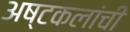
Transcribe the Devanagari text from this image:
अष्‍टकलांची